Scottish Leaving Certificate Examination, 1958
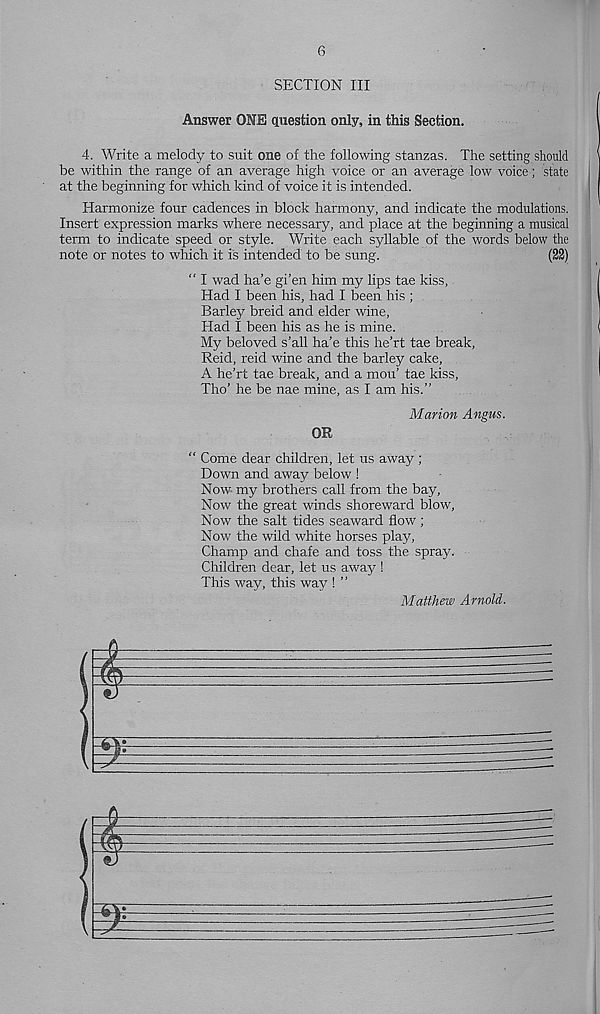
6
SECTION III
Answer ONE question only, in this Section.
4. Write a melody to suit one of the following stanzas. The setting should
be within the range of an average high voice or an average low voice; state
at the beginning for which kind of voice it is intended.
Harmonize four cadences in block harmony, and indicate the modulations.
Insert expression marks where necessary, and place at the beginning a musical
term to indicate speed or style. Write each syllable of the words below the
note or notes to which it is intended to be sung.
(22)
“ I wad ha’e gi’en him my lips tae kiss,
Had I been his, had I been his ;
Barley breid and elder wine.
Had I been his as he is mine.
My beloved s’all ha’e this he’rt tae break,
Reid, reid wine and the barley cake,
A he’rt tae break, and a mou’ tae kiss,
Tho’ he be nae mine, as I am his.”
Marion Angus.
OR
“ Come dear children, let us away ;
Down and away below !
Now my brothers call from the bay.
Now the great winds shoreward blow,
Now the salt tides seaward flow;
Now the wild white horses play,
Champ and chafe and toss the spray.
Children dear, let us away !
This way, this way ! ”
Matthew Arnold.